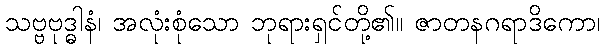
သဗ္ဗဗုဒ္ဓါနံ၊ အလုံးစုံသော ဘုရားရှင်တို့၏။ ဇာတနဂရာဒိကော၊